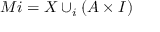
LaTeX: M i = X \cup _ { i } ( A \times I )